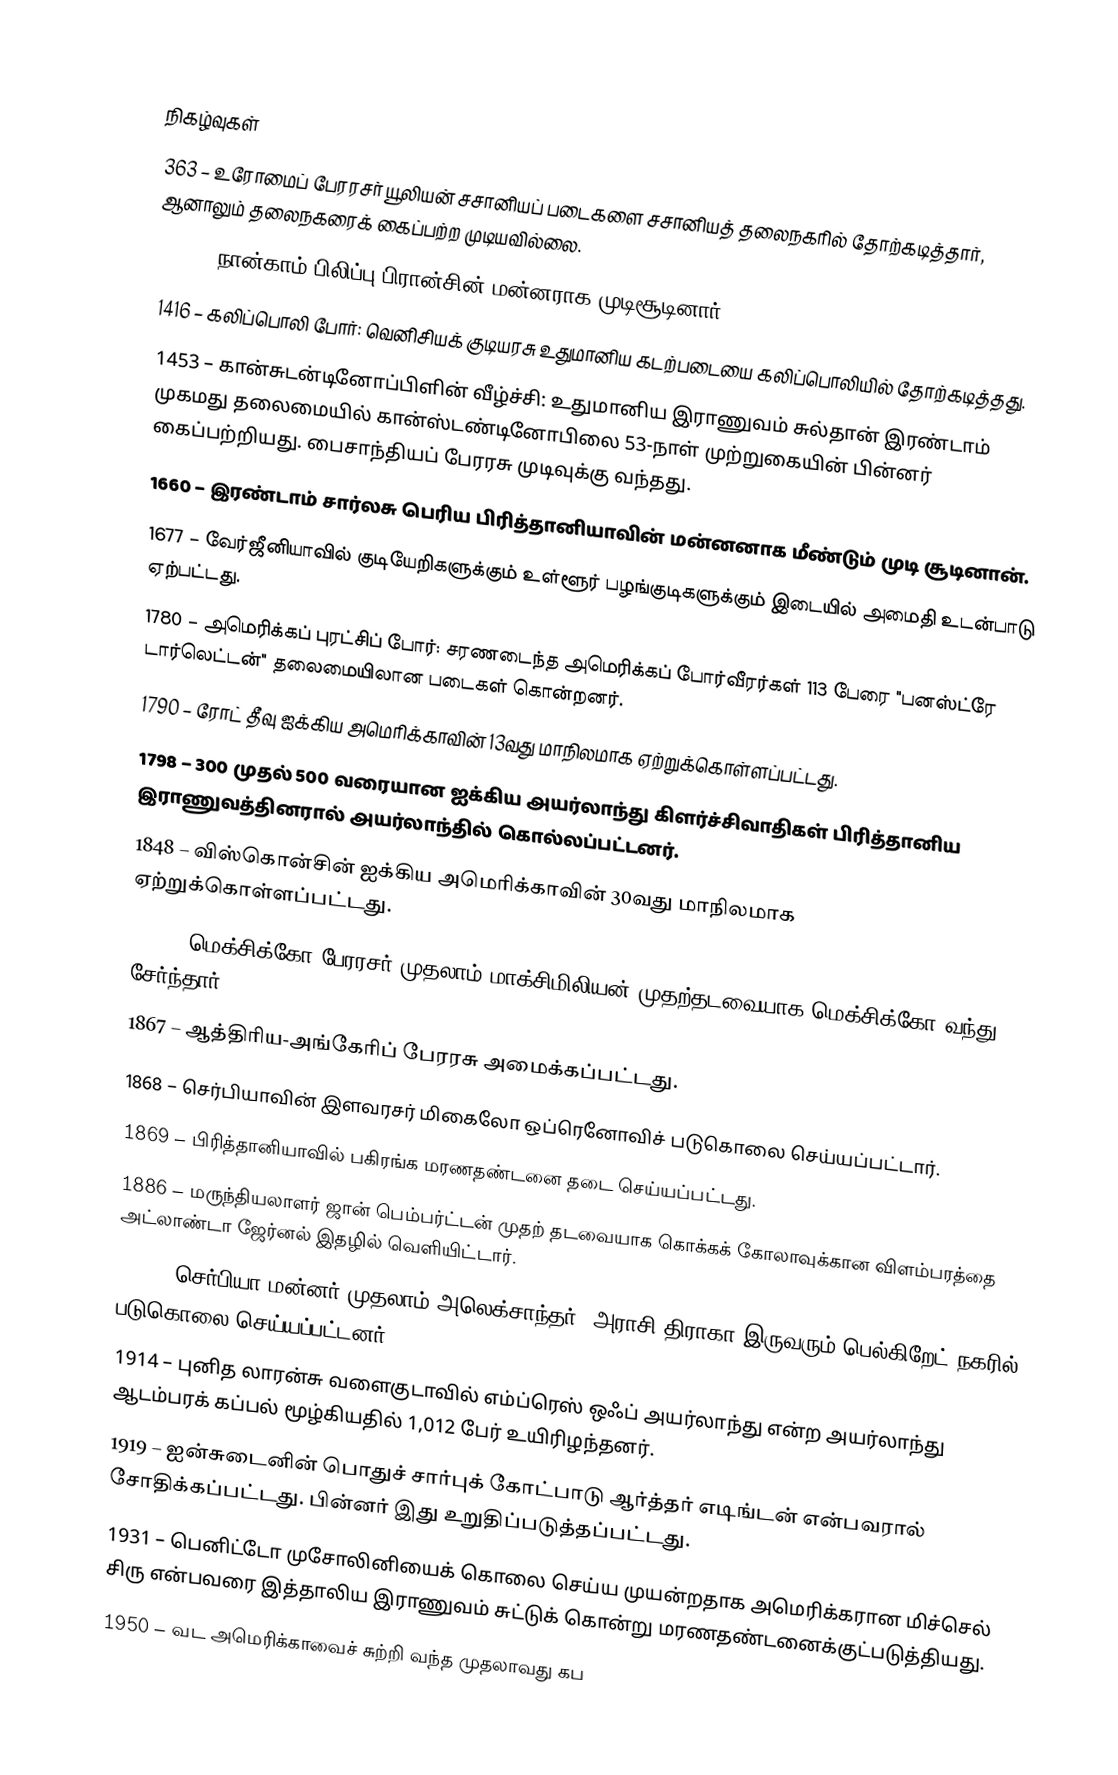

நிகழ்வுகள்
 363 – உரோமைப் பேரரசர் யூலியன் சசானியப் படைகளை சசானியத் தலைநகரில் தோற்கடித்தார், ஆனாலும் தலைநகரைக் கைப்பற்ற முடியவில்லை.
1328 – நான்காம் பிலிப்பு பிரான்சின் மன்னராக முடிசூடினார்.
1416 – கலிப்பொலி போர்: வெனிசியக் குடியரசு உதுமானிய கடற்படையை கலிப்பொலியில் தோற்கடித்தது.
1453 – கான்சுடன்டினோப்பிளின் வீழ்ச்சி: உதுமானிய இராணுவம் சுல்தான் இரண்டாம் முகமது தலைமையில் கான்ஸ்டண்டினோபிலை 53-நாள் முற்றுகையின் பின்னர் கைப்பற்றியது. பைசாந்தியப் பேரரசு முடிவுக்கு வந்தது.
1660 – இரண்டாம் சார்லசு பெரிய பிரித்தானியாவின் மன்னனாக மீண்டும் முடி சூடினான்.
1677 – வேர்ஜீனியாவில் குடியேறிகளுக்கும் உள்ளூர் பழங்குடிகளுக்கும் இடையில் அமைதி உடன்பாடு ஏற்பட்டது.
1780 – அமெரிக்கப் புரட்சிப் போர்: சரணடைந்த அமெரிக்கப் போர்வீரர்கள் 113 பேரை "பனஸ்ட்ரே டார்லெட்டன்" தலைமையிலான படைகள் கொன்றனர்.
1790 – ரோட் தீவு ஐக்கிய அமெரிக்காவின் 13வது மாநிலமாக ஏற்றுக்கொள்ளப்பட்டது.
1798 – 300 முதல் 500 வரையான ஐக்கிய அயர்லாந்து கிளர்ச்சிவாதிகள் பிரித்தானிய இராணுவத்தினரால் அயர்லாந்தில் கொல்லப்பட்டனர்.
1848 – விஸ்கொன்சின் ஐக்கிய அமெரிக்காவின் 30வது மாநிலமாக ஏற்றுக்கொள்ளப்பட்டது.
1864 – மெக்சிக்கோ பேரரசர் முதலாம் மாக்சிமிலியன் முதற்தடவையாக மெக்சிக்கோ வந்து சேர்ந்தார்.
1867 – ஆத்திரிய-அங்கேரிப் பேரரசு அமைக்கப்பட்டது.
1868 – செர்பியாவின் இளவரசர் மிகைலோ ஒப்ரெனோவிச் படுகொலை செய்யப்பட்டார்.
1869 – பிரித்தானியாவில் பகிரங்க மரணதண்டனை தடை செய்யப்பட்டது.
1886 – மருந்தியலாளர் ஜான் பெம்பர்ட்டன் முதற் தடவையாக கொக்கக் கோலாவுக்கான விளம்பரத்தை அட்லாண்டா ஜேர்னல் இதழில் வெளியிட்டார்.
1903 – செர்பியா மன்னர் முதலாம் அலெக்சாந்தர், அராசி திராகா இருவரும் பெல்கிறேட் நகரில் படுகொலை செய்யப்பட்டனர்.
1914 – புனித லாரன்சு வளைகுடாவில் எம்ப்ரெஸ் ஒஃப் அயர்லாந்து என்ற அயர்லாந்து ஆடம்பரக் கப்பல் மூழ்கியதில் 1,012 பேர் உயிரிழந்தனர்.
1919 – ஐன்சுடைனின் பொதுச் சார்புக் கோட்பாடு ஆர்த்தர் எடிங்டன் என்பவரால் சோதிக்கப்பட்டது. பின்னர் இது உறுதிப்படுத்தப்பட்டது.
1931 – பெனிட்டோ முசோலினியைக் கொலை செய்ய முயன்றதாக அமெரிக்கரான மிச்செல் சிரு என்பவரை இத்தாலிய இராணுவம் சுட்டுக் கொன்று மரணதண்டனைக்குட்படுத்தியது.
1950 – வட அமெரிக்காவைச் சுற்றி வந்த முதலாவது கப